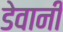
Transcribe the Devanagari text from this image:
डेवानी